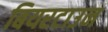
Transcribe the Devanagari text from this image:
बियरटाउन